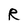
Character: R